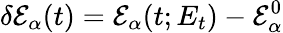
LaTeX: \delta\mathcal{E}_{\alpha}(t)=\mathcal{E}_{\alpha}(t;E_{t})-\mathcal{E}_{\alpha}^{0}